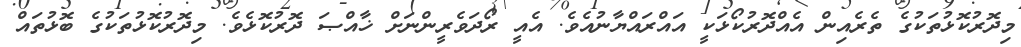
މިދޮރުކޮޅުތަކުގެ ތެރެއިން އެއްދޮރުކޯޅަކީ އައްރައްޔާނުއެވެ. އެއީ ރޯދަވެރީންނަށް ޚާއްޞަ ދޮރުކޮޅެވެ. މިދޮރުކޮޅުތަކުގެ ބޮޅުތައް